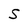
Character: S